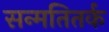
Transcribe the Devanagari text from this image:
सन्मतितर्क